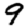
Digit: 9